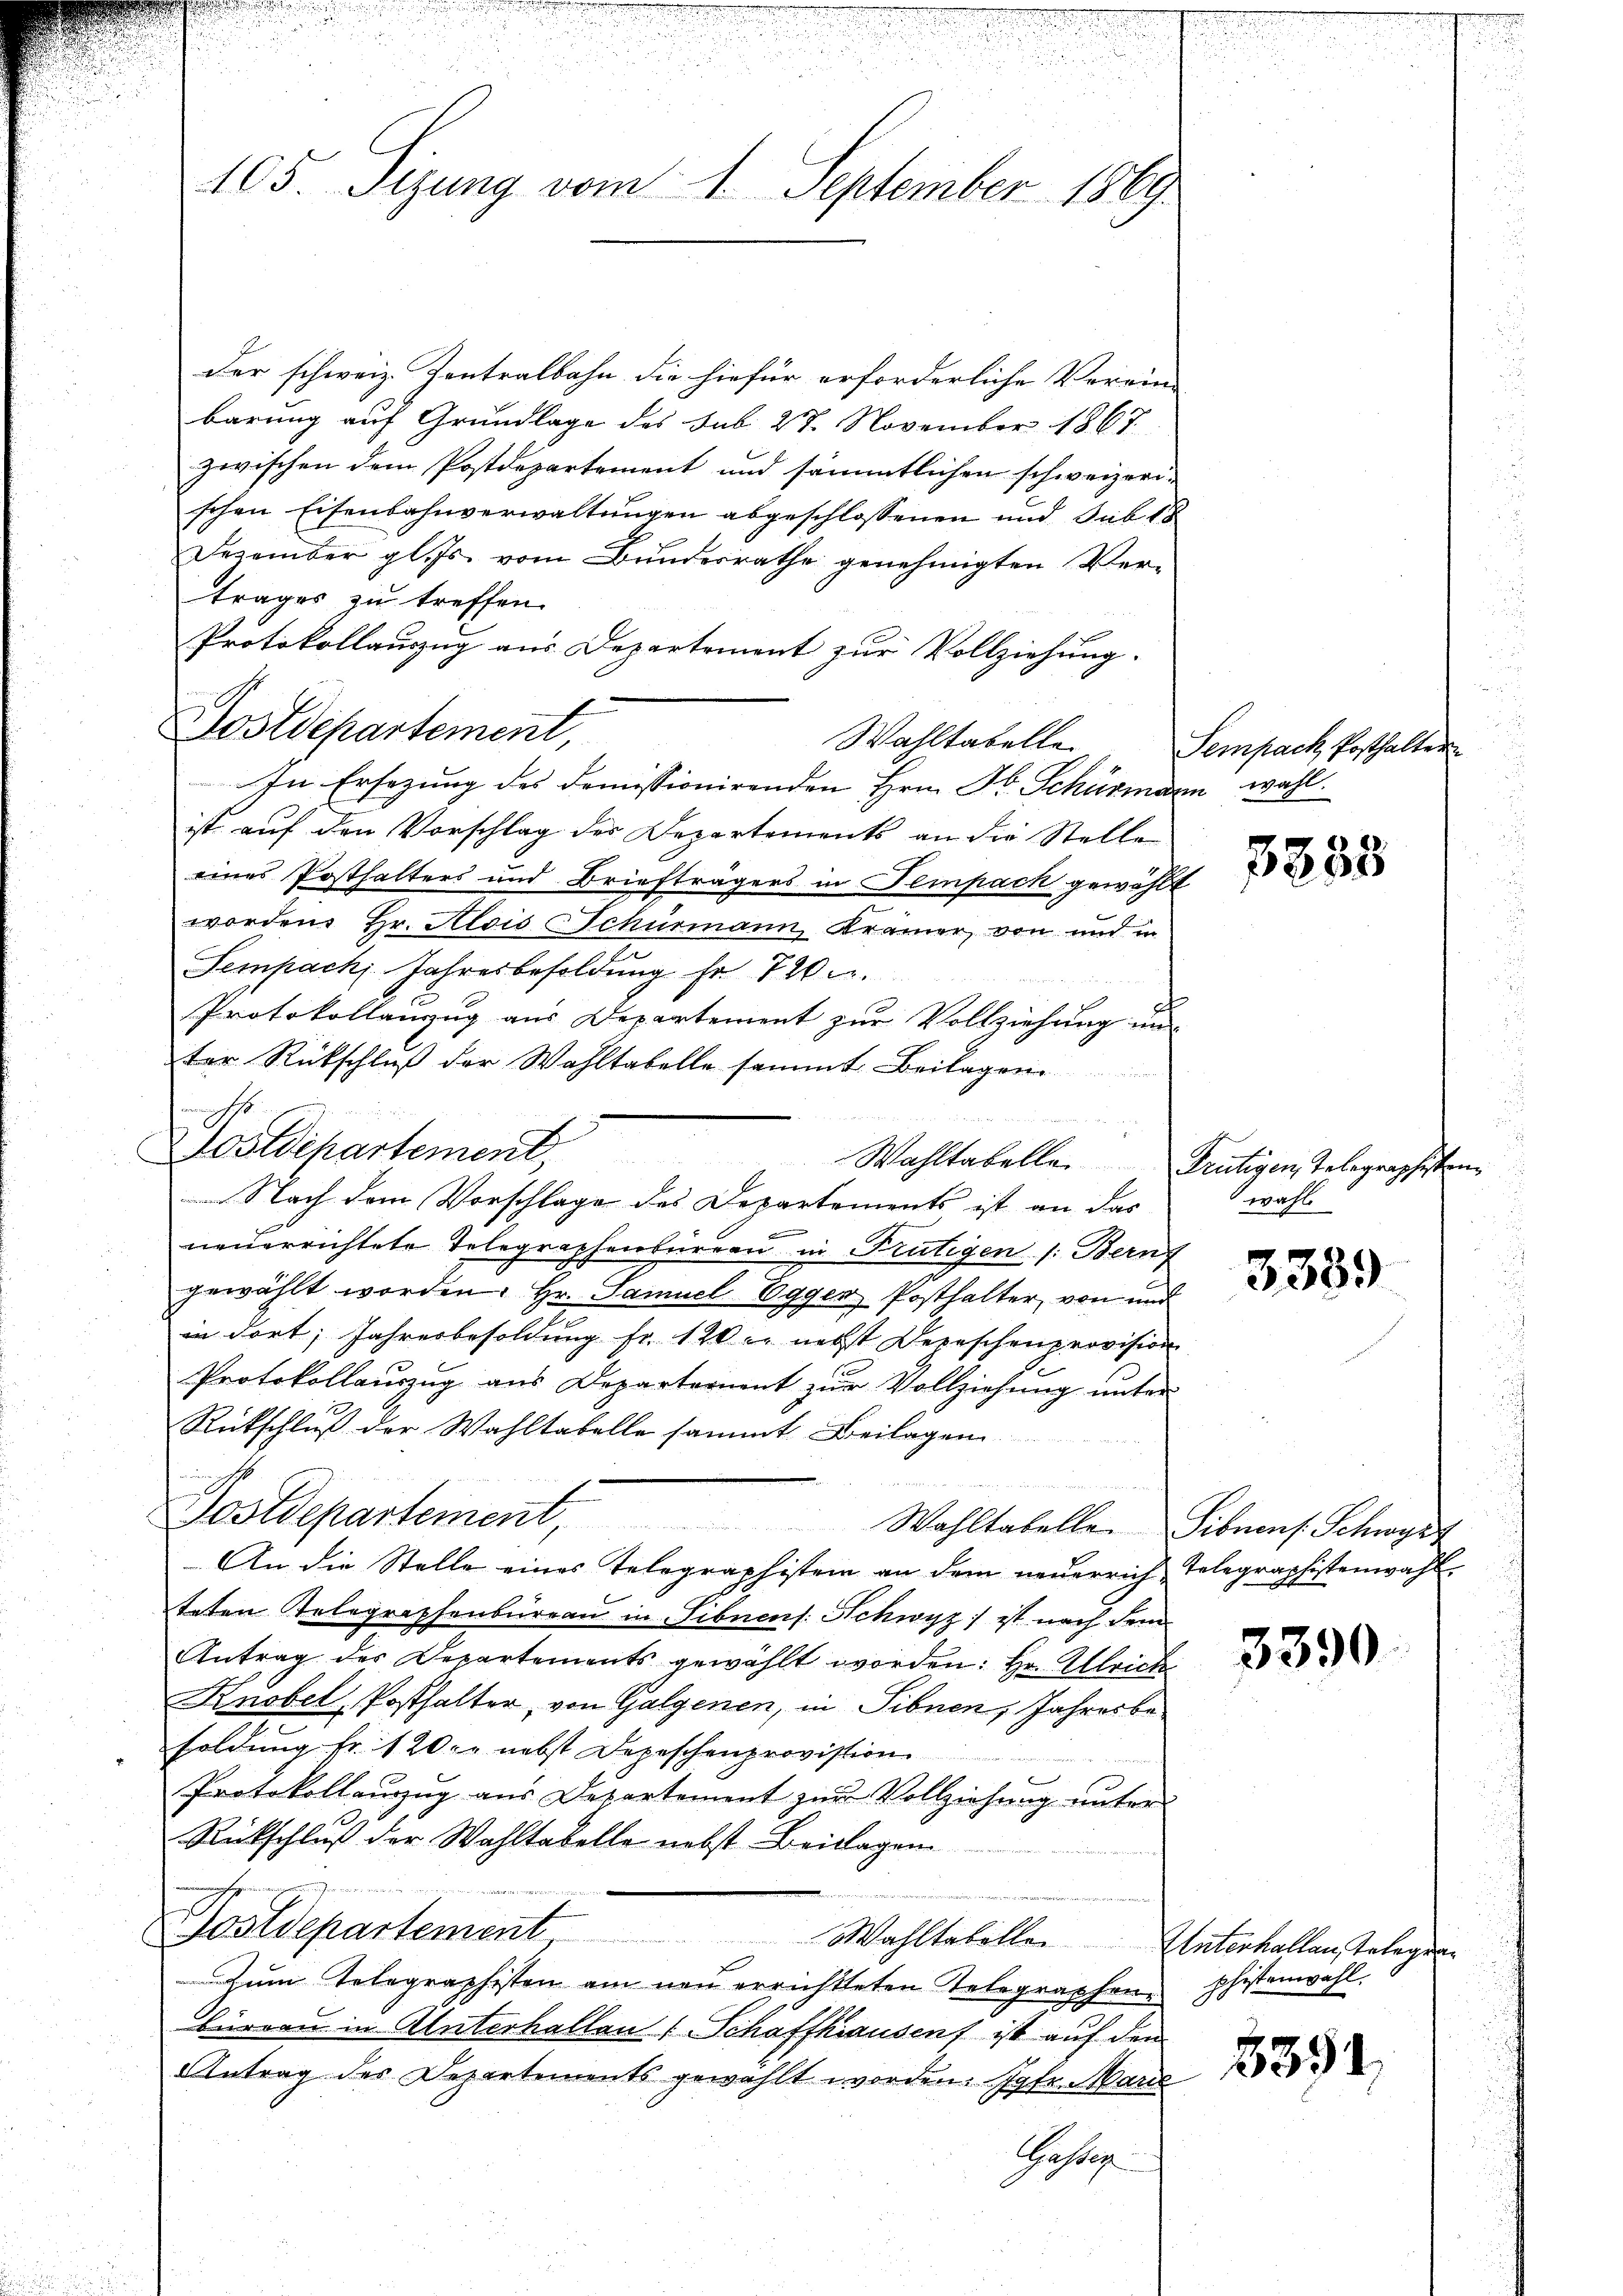
105. Sizung vom 1. September 1869

der schweiz. Zentralbahn die hiefür erforderliche Verein-
barung auf Grundlage des sub 27. November 1867
zwischen dem Postdepartement und sämmtlichen schweizeri-
schen Eisenbahnverwaltungen abgeschlossenen und Sub 18
Dezember gl. Js. vom Bundesrathe genehmigten Ver-
trages zu treffen.
Protokollauszug aus Departement zur Vollziehung.
In Ersezung des Domissionirenden Hrn. F. Schürmern wahl.
ist auf den Vorschlag des Departements an die Stelle
eines Posthalters und Briefträgers in Tempach gewählt
worden Hr. Alois Schurmann, Krämer, von und in
Sempach Jahresbesoldung fr. 720.
Protokollauzug aus Departement zur Vollziehung un
ter Rückschluß der Wahltabelle sammt Beilagen
Dostdepartement,
 Nach dem Vorschlage des Departements ist an das
neuerrichtete Telegraphenbureau in Frutigen /: Bern
gewählt worden. Hr. Samuel-Egger Posthalter, von und
in dort, Jahresbesoldung fr. 120 r. nebst Depeschenprovision
Protokollauszug aus Departernent zur Vollziehung unter
Rückschluß der Wahltabelle sammt Beilagen
Postdepartement, Wahltabellen Gebrauf Schwyt
An die Stelle eines Telegraphistern an dem neŭerrich Telegraphistenwahl-
teten Telegraphenburgau in Sibnens. Schwyz) ist nach dem
Antrag des Departements gewählt worden: Hr. Ulrich
Knobel, Posthalter, von Galgenen, in Sibnen, Jahresbesoldung fr. 120. nebst Depeschenprovistion
e
Protokollaŭszŭg aŭs Departement zŭr Vollziehŭng ŭnter
Rückschluß der Wahltabelle nebst Beilagen.
Postdepartement
Wahltabelle
Zŭm Telegraphisten am neŭ errichtteten Telegraphen phistenwahl.
Büreau in Unterhallen (Schaffhausen ist auf den
Antrag des Departements gewählt worden. Jgfr. Marie
Gestag

wechs

Sostdepartement,

4 x 2

Wahltabelle Sempach Posthalter

Wahltabelle. Frutigen Telegraphisten

3838

wahl

3339

3390

Unterhallen, Telegen

5351.